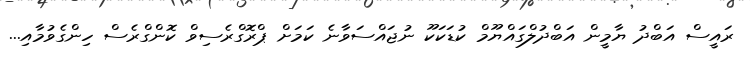
ރައީސް އަބްދު ޔާމީން އަބްދުލްގައްޔޫމް ކުޑަކަކޫ ނުޖައްސަވާނެ ކަމަށް ޕްރޮގްރެސިވް ކޮންގްރެސް ހިންގެވުމާއި...